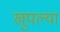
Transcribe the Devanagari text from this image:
खुपल्या